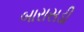
બારાસડી